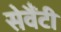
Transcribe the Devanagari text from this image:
सेवैंटी